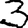
Digit: 3